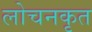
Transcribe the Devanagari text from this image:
लोचनकृत